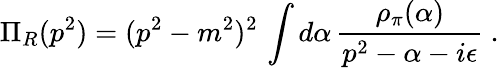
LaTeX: \Pi_{R}(p^{2})=(p^{2}-m^{2})^{2}\, \int d\alpha\, \frac{\rho_{\pi}(\alpha)}{p^{2}-\alpha-i\epsilon}\ .